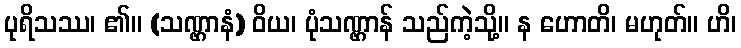
ပုရိသဿ၊ ၏။ (သဏ္ဌာနံ) ဝိယ၊ ပုံသဏ္ဌာန် သည်ကဲ့သို့။ န ဟောတိ၊ မဟုတ်။ ဟိ၊